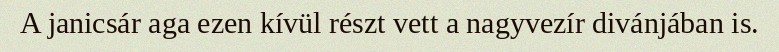
A janicsár aga ezen kívül részt vett a nagyvezír divánjában is.